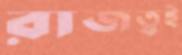
রাজত্বই